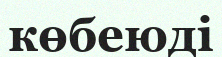
көбеюді